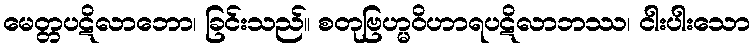
မေတ္တပဋိလာဘော၊ ခြင်းသည်။ စတုဗြဟ္မဝိဟာရပဋိလာဘဿ၊ ငါးပါးသော